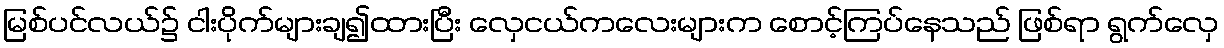
မြစ်ပင်လယ်၌ ငါးပိုက်များချ၍ထားပြီး လှေငယ်ကလေးများက စောင့်ကြပ်နေသည် ဖြစ်ရာ ရွက်လှေ